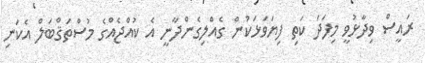
ރައީސް ވިދާޅުވީ މިފަދަ ކަތި ފިޔަވަޅަކުން ގެއްލިގެންދާނީ އެ ކުއްޖެއްގެ މުސްތަޤްބަލް އެކަނި